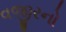
વજીરનો